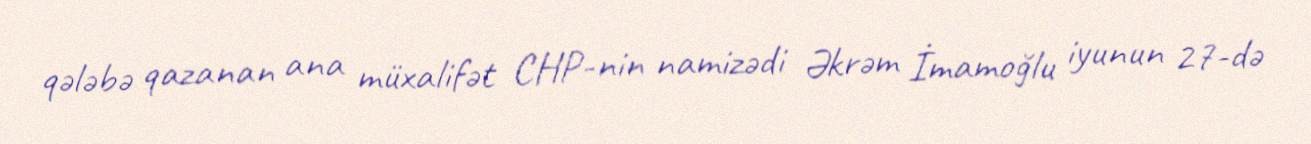
qələbə qazanan ana müxalifət CHP-nin namizədi Əkrəm İmamoğlu iyunun 27-də